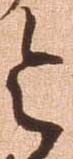
令